Civil Veterinary Department Bihar reports 1940-50 - 1940-1950
Year: 1940
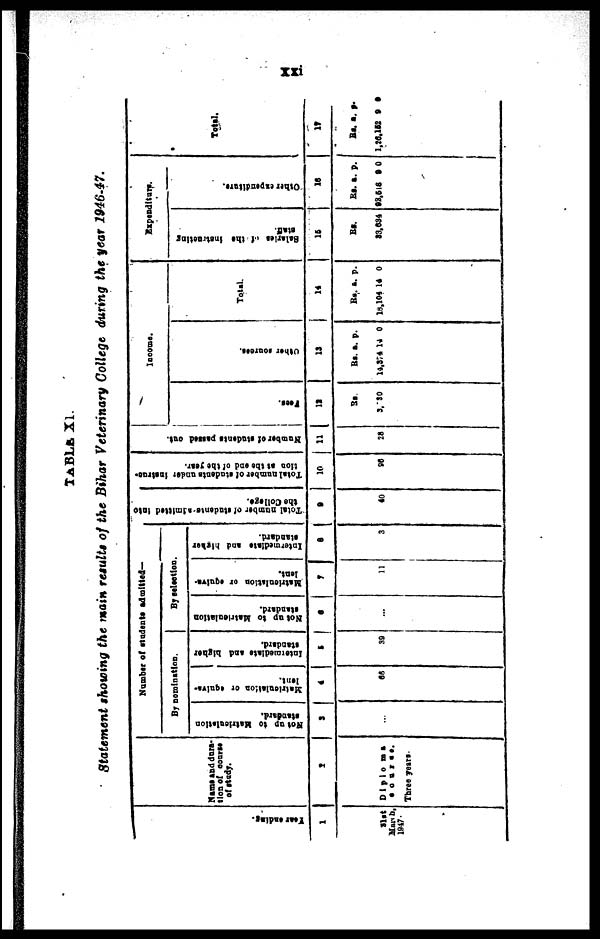
XXi
TABLE xi.
Statement showing the main results of the Bihar Veterinary College during the year 1946-47.
Year endi ng.
1
31st
March.
1947.
Name and dura-
tion of course
of study.
1
Diploma
course.
Three years.
Number of students admitted—
By nomination.
Not up to Matriculation
standard.
2
...
Matriculation or equiva-
lent.
4
06
Intermediate
and higher
standard,
5
39
By selection.
Not up to Matriculation
standard.
6
...
Matriculation
or equiva-
lent.
7
11
Intermediate and higher
standard.
8
3
Total number of students admitted Into
the College.
9
40
Total number of students under instruc-
tion at the end of the year.
10
96
Number of students passed out.
11
28
Income.
Fees.
12
RS.
3,730
Ot her s our ces .
13
Rs.
14,374
a. p
14
.
0
Total.
14
Rs.
16,104
a.
14
p.
0
Expenditure.
Salaries of the instructing
staff.
15
Rs.
83.034
Other expenditure.
16
Rs.
92,618
a.
8
p.
0
Total.
17
Rs.
1,26,152
a.
9
p.
0